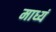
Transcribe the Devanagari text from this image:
माध्यं